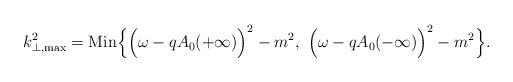
LaTeX: \begin{align*}{k}_{\perp, {\rm max}}^2 = {\rm Min} \Bigl\{ \Bigl(\omega - q A_0(+ \infty) \Bigr)^2 - m^2, ~\Bigl(\omega - q A_0 (- \infty)\Bigr)^2 - m^2 \Bigr\}.\end{align*}